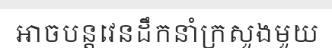
អាចបន្តវេនដឹកនាំក្រសួងមួយ